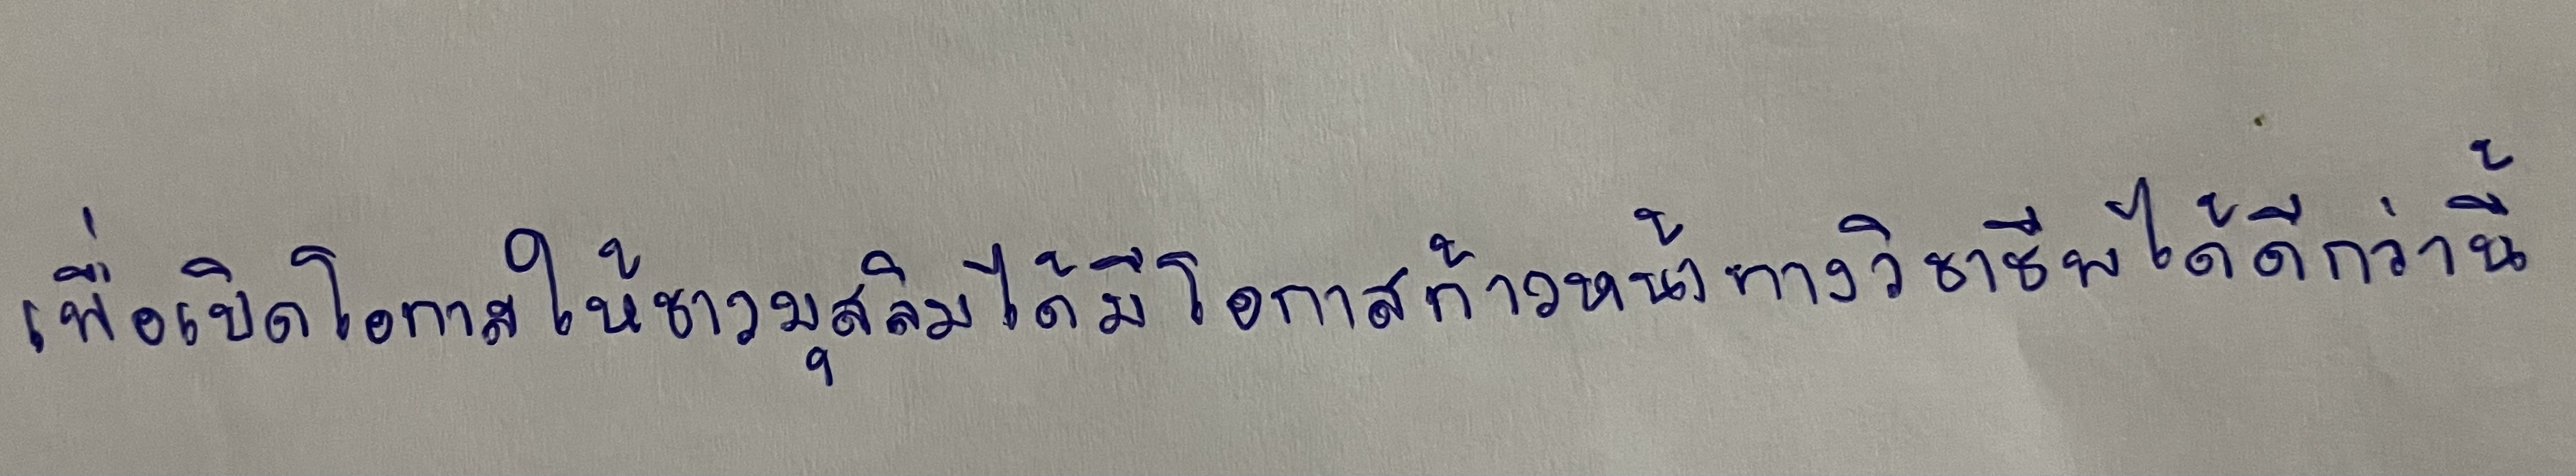
เพื่อเปิดโอกาสให้ชาวมุสลิมได้มีโอกาสก้าวหน้าทางวิชาชีพได้ดีกว่านี้